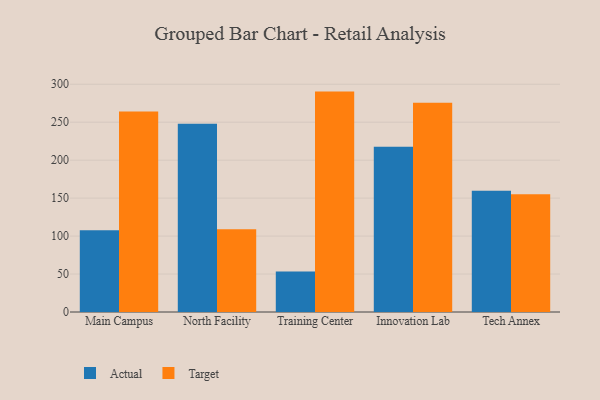
{"axis": {"x": "Campus", "y": "Energy Usage (MWh)"}, "legend": ["Actual", "Target"], "data": [{"x": "Main Campus", "y": 107.6, "type": "Actual"}, {"x": "Main Campus", "y": 264.2, "type": "Target"}, {"x": "North Facility", "y": 247.8, "type": "Actual"}, {"x": "North Facility", "y": 109.0, "type": "Target"}, {"x": "Training Center", "y": 53.3, "type": "Actual"}, {"x": "Training Center", "y": 290.3, "type": "Target"}, {"x": "Innovation Lab", "y": 217.6, "type": "Actual"}, {"x": "Innovation Lab", "y": 275.7, "type": "Target"}, {"x": "Tech Annex", "y": 159.7, "type": "Actual"}, {"x": "Tech Annex", "y": 155.1, "type": "Target"}]}